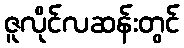
ဇူလိုင်လဆန်းတွင်